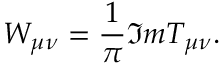
W _ { \mu \nu } = \frac { 1 } { \pi } \Im m T _ { \mu \nu } .